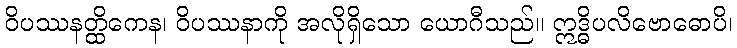
ဝိပဿနတ္ထိကေန၊ ဝိပဿနာကို အလိုရှိသော ယောဂီသည်။ ဣဒ္ဓိပလိဗောဓောပိ၊